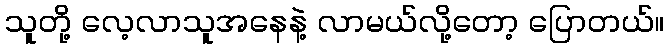
သူတို့ လေ့လာသူအနေနဲ့ လာမယ်လို့တော့ ပြောတယ်။